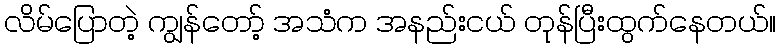
လိမ်ပြောတဲ့ ကျွန်တော့် အသံက အနည်းငယ် တုန်ပြီးထွက်နေတယ်။